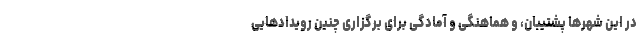
در این شهرها پشتیبان، و هماهنگی و آمادگی برای برگزاری چنین رویدادهایی